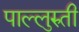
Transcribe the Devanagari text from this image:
पाल्लुरुती